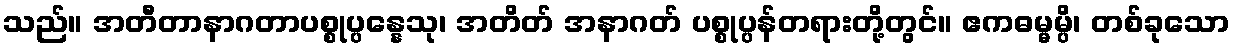
သည်။ အတီတာနာဂတာပစ္စုပ္ပန္နေသု၊ အတိတ် အနာဂတ် ပစ္စုပ္ပန်တရားတို့တွင်။ ဧကဓမ္မမ္ပိ၊ တစ်ခုသော